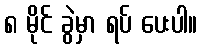
၈ မိုင် ခွဲမှာ ရပ် ပေးပါ။